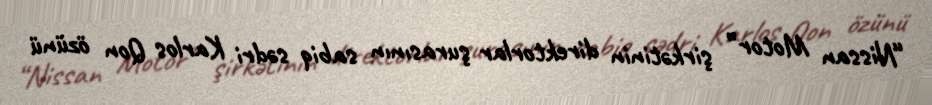
“Nissan Motor” şirkətinin direktorlar şurasının sabiq sədri Karlos Qon özünü